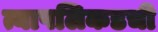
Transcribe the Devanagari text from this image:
त्यापलिकडची